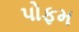
પોફમ